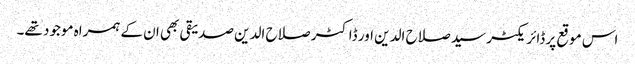
اس موقع پر ڈائریکٹر سید صلاح الدین اور ڈاکٹر صلاح الدین صدیقی بھی ان کے ہمراہ موجود تھے۔